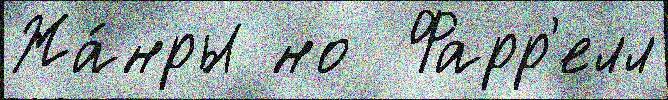
Жа́нры но  Фарр'елл